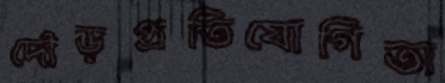
দৌড়প্রতিযোগিতা